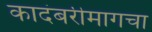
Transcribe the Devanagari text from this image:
कादंबरीमागचा